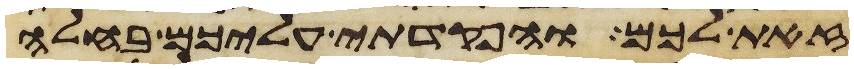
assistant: זאת לכם והפקדתי עליכם בחלה